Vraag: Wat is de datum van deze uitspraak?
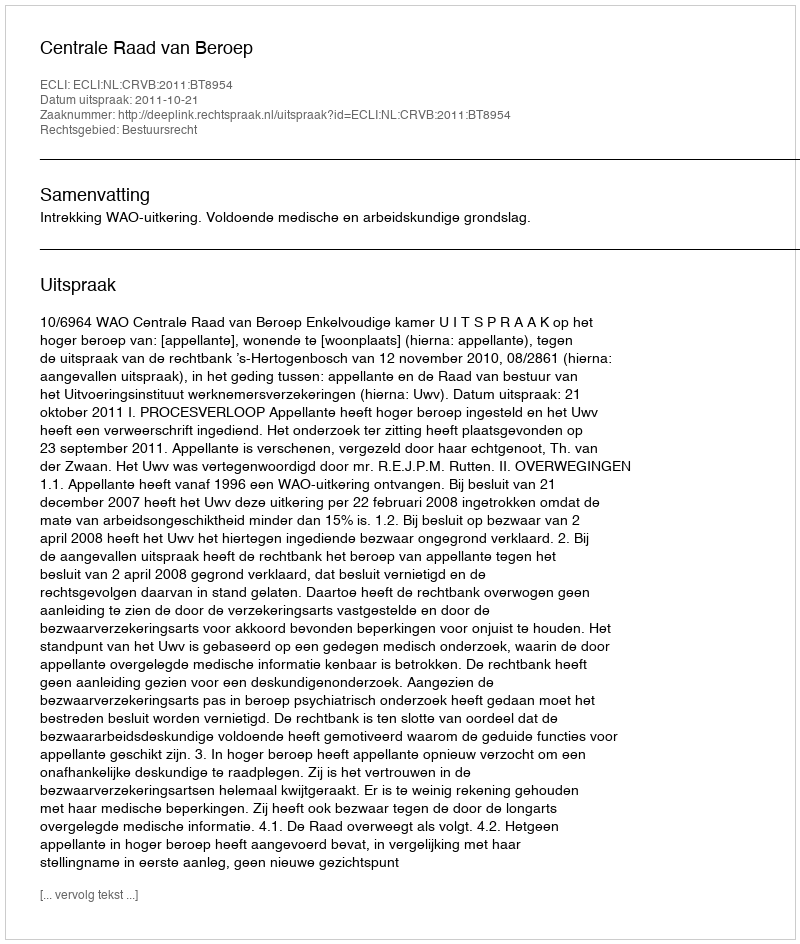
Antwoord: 2011-10-21